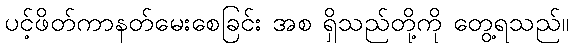
ပင့်ဖိတ်ကာနတ်မေးစေခြင်း အစ ရှိသည်တို့ကို တွေ့ရသည်။